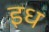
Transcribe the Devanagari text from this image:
इध